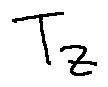
T z